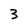
Character: 3